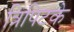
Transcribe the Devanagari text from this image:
त्रिपिटके